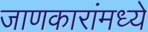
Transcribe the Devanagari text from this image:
जाणकारांमध्ये